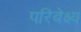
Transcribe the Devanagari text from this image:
परिबेक्ष्य